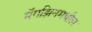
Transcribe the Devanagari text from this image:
मॅगझिनमधील